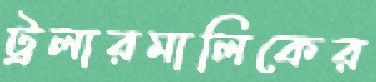
ট্রলারমালিকের